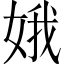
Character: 娥